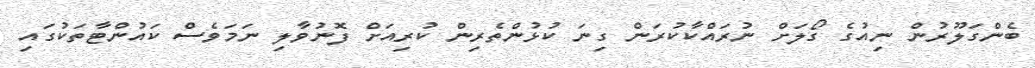
ބެންގަލޫރުން ނިއުގެ ގޯލަށް ނުރައްކާކުރަން ގިނަ ކުޅުންތެރިން ކުރިއަށް ފޮނުވާލި ނަމަވެސް ކައުންޓާތަކުގައި